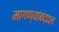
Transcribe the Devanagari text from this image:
मागण्यांबद्दल